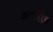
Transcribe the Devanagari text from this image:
आसिड